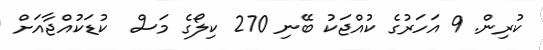
ކުރިން. 9 އަހަރުގެ ކުއްޖަކު ބޭނި 270 ކިލޯގެ މަސް  ކުޑަކުއްޖާއަށް